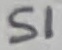
Text: S1